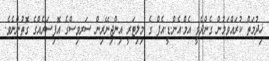
ޚިދުމަތް ކުރައްވަމުން ގެންދެވީ އެމް.އެން.ޑީ.އެފް ގެ މިލިޓަރީ އިންޖިނޭރިން ސަރވިސްގެ އޮފިސަރެއްގެ ގޮތުންނެވެ.